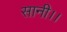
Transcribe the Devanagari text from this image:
सानी।।